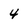
Character: 4